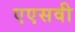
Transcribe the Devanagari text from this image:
एएसवी